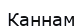
Каннам